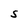
Character: S